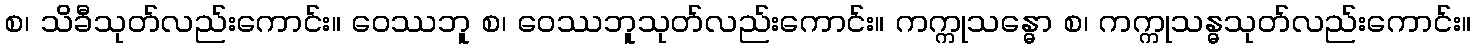
စ၊ သိခီသုတ်လည်းကောင်း။ ဝေဿဘူ စ၊ ဝေဿဘူသုတ်လည်းကောင်း။ ကက္ကုသန္ဓော စ၊ ကက္ကုသန္ဓသုတ်လည်းကောင်း။